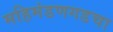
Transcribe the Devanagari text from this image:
महिमंडणगडचा